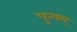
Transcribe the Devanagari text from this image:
पुत्फ्म्